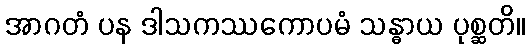
အာဂတံ ပန ဒါသကဿကောပမံ သန္ဓာယ ပုစ္ဆတိ။